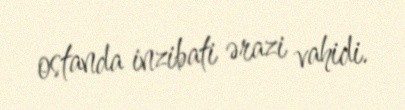
ostanda inzibati ərazi vahidi.